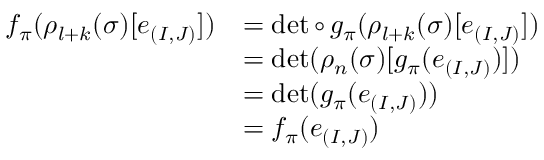
\begin{array} { r l } { f _ { \pi } ( \rho _ { l + k } ( \sigma ) [ e _ { ( I , J ) } ] ) } & { = \operatorname* { d e t } \circ \, g _ { \pi } ( \rho _ { l + k } ( \sigma ) [ e _ { ( I , J ) } ] ) } \\ & { = \operatorname* { d e t } ( \rho _ { n } ( \sigma ) [ g _ { \pi } ( e _ { ( I , J ) } ) ] ) } \\ & { = \operatorname* { d e t } ( g _ { \pi } ( e _ { ( I , J ) } ) ) } \\ & { = f _ { \pi } ( e _ { ( I , J ) } ) } \end{array}